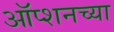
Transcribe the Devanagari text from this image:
ऑप्शनच्या